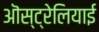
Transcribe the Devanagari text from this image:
ऒस्ट्रेलियाई